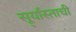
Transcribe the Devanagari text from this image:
सू्र्यास्ताची